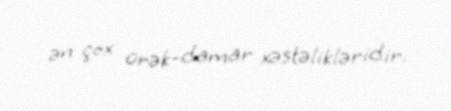
ən çox ürək-damar xəstəlikləridir.